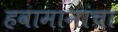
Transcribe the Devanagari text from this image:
हवामानांचा